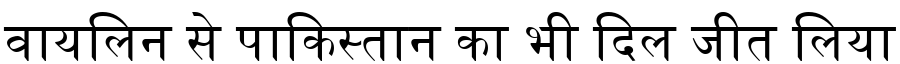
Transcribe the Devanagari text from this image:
वायलिन से पाकिस्तान का भी दिल जीत लिया